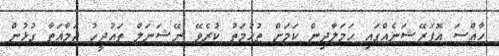
ހާއްސަ އޮޕަރޭޝަނެއްގައި ހަމަލާދިން ކަމަށް ތުހުމަތު ކުރެވޭ ނޭޝަނަލް ތައުދީހު ޖަމާއަތާ ގުޅުން